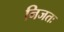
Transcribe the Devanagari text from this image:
निजतः